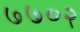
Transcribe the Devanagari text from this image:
७७०२